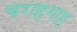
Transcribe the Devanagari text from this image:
चराहगाह